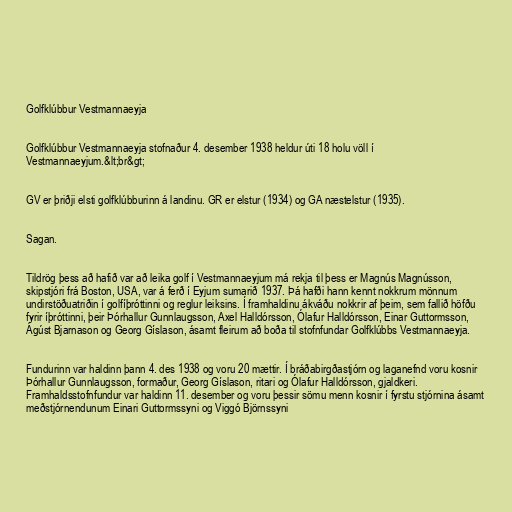
Golfklúbbur Vestmannaeyja

Golfklúbbur Vestmannaeyja stofnaður 4. desember 1938 heldur úti 18 holu völl í
Vestmannaeyjum.&lt;br&gt;

GV er þriðji elsti golfklúbburinn á landinu. GR er elstur (1934) og GA næstelstur (1935).

Sagan.

Tildrög þess að hafið var að leika golf í Vestmannaeyjum má rekja til þess er Magnús Magnússon,
skipstjóri frá Boston, USA, var á ferð í Eyjum sumarið 1937. Þá hafði hann kennt nokkrum mönnum
undirstöðuatriðin í golfíþróttinni og reglur leiksins. Í framhaldinu ákváðu nokkrir af þeim, sem fallið höfðu
fyrir íþróttinni, þeir Þórhallur Gunnlaugsson, Axel Halldórsson, Ólafur Halldórsson, Einar Guttormsson,
Ágúst Bjarnason og Georg Gíslason, ásamt fleirum að boða til stofnfundar Golfklúbbs Vestmannaeyja.

Fundurinn var haldinn þann 4. des 1938 og voru 20 mættir. Í bráðabirgðastjórn og laganefnd voru kosnir
Þórhallur Gunnlaugsson, formaður, Georg Gíslason, ritari og Ólafur Halldórsson, gjaldkeri.
Framhaldsstofnfundur var haldinn 11. desember og voru þessir sömu menn kosnir í fyrstu stjórnina ásamt
meðstjórnendunum Einari Guttormssyni og Viggó Björnssyni